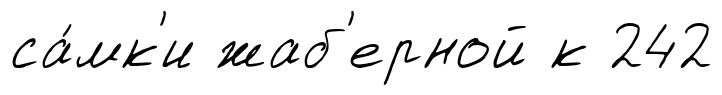
са́мк'и жаб'ерной к 242